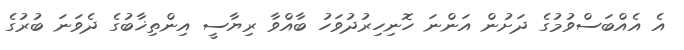
އެ އެއްބަސްވުމުގެ ދަށުން އަންނަ ހޮނިހިރުދުވަހު ބާއްވާ ރިޔާސީ އިންތިޚާބުގެ ދެވަނަ ބުރުގެ